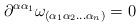
LaTeX: \begin{align*} \partial^{\alpha\alpha_1} \omega_{(\alpha_1\alpha_2\ldots\alpha_n)} = 0\end{align*}